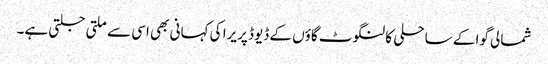
شمالی گوا کے ساحلی کالنگوٹ گاؤں کے ڈیوڈ پریرا کی کہانی بھی اسی سے ملتی جلتی ہے۔